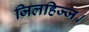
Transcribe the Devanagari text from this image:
जिलहिज्ज।